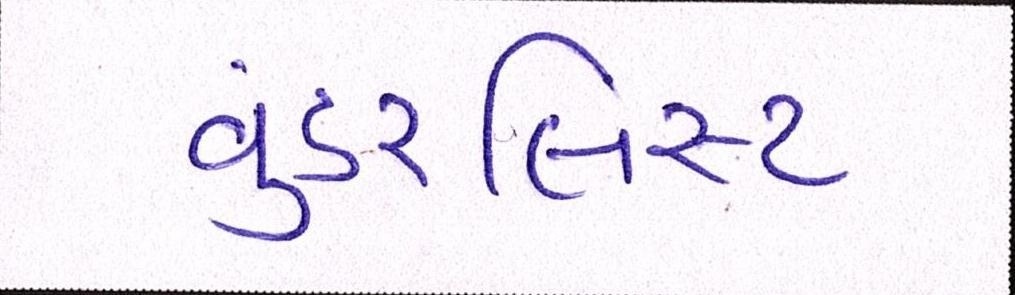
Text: વુંડરલિસ્ટ